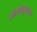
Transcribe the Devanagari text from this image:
तोलांगुलासन